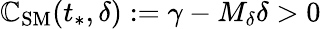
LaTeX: \mathbb{C}_{\mathrm{{SM}}}(t_{*},\delta):=\gamma-M_{\delta}\delta>0